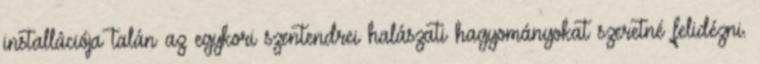
installációja talán az egykori szentendrei halászati hagyományokat szeretné felidézni.